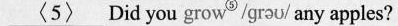
\underline{<5>}Did you grow^⑨ /grau/any apples?